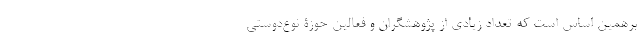
برهمین اساس است که تعداد زیادی از پژوهشگران و فعالین حوزۀ نوع‌دوستی